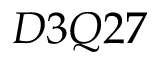
D 3 Q 2 7